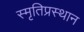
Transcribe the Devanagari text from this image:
स्मृतिप्रस्थान